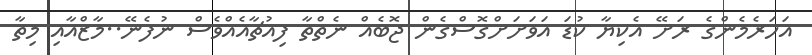
އަހަރެމެންގެ ރަށޭ އެކިޔާ ކުޑަ އަވަށަށްގޮސްގެން ޖޮބެއް ނެތްތާ ފިއުޗާއެއްވެސް ނުފެނޭ..މާޒްއާއި މިތާ